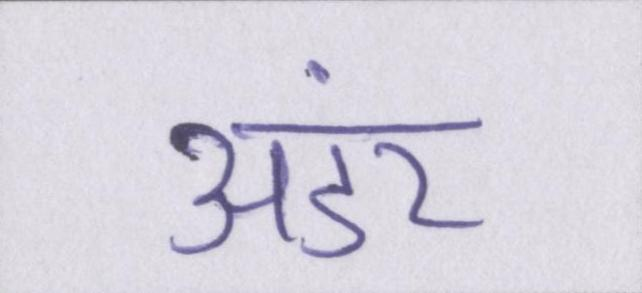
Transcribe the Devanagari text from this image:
अंडर